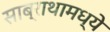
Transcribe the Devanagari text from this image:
साब्राथामध्ये